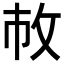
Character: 𢼆